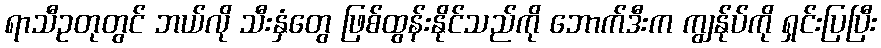
ရာသီဥတုတွင် ဘယ်လို သီးနှံတွေ ဖြစ်ထွန်းနိုင်သည်ကို ဘောက်ဒီးက ကျွန်ုပ်ကို ရှင်းပြပြီး